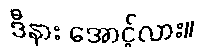
ဒီနား အောင့်လား။